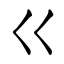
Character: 巜